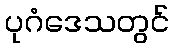
ပုဂံဒေသတွင်